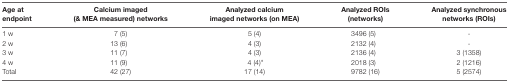
<table><thead><tr><td><b>Age at endpoint</b></td><td><b>Calcium imaged (&amp; MEA measured) networks</b></td><td><b>Analyzed calcium imaged networks (on MEA)</b></td><td><b>Analyzed ROIs (networks)</b></td><td><b>Analyzed synchronous networks (ROIs)</b></td></tr></thead><tbody><tr><td>1 w</td><td>7 (5)</td><td>5 (4)</td><td>3496 (5)</td><td>-</td></tr><tr><td>2 w</td><td>13 (6)</td><td>4 (3)</td><td>2132 (4)</td><td>-</td></tr><tr><td>3 w</td><td>11 (7)</td><td>4 (3)</td><td>2136 (4)</td><td>3 (1358)</td></tr><tr><td>4 w</td><td>11 (9)</td><td>4 (4)*</td><td>2018 (3)</td><td>2 (1216)</td></tr><tr><td>Total</td><td>42 (27)</td><td>17 (14)</td><td>9782 (16)</td><td>5 (2574)</td></tr></tbody></table>